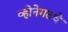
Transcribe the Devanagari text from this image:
व्होनेगटचे